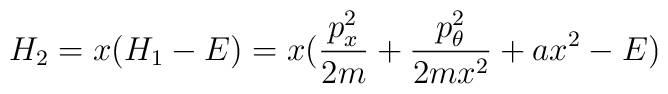
H_2 = x(H_1 -E) = x\bigl( \frac{p^2_x}{2m}+\frac{p^2_{\theta}}{2m x^2} + ax^2- E \bigr)